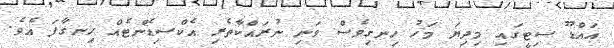
އައްޑޫ ސިޓީގައި މިދިޔަ މަހު ހިނގިވެސް ވަނި ނުރައްކާތެރި އެކްސިޑެންޓެއް ހިނގާފަ އެވެ.